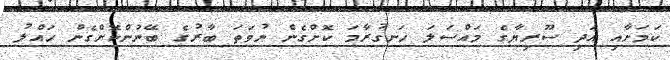
ކަމަށާއި އަދި ސޫރިޔާގެ މައްސަލަ ހަނގުރާމަ ކޮށްގެން ނުވަތަ ބާރުގެ ބޭނުންކޮށްގެން ހައްލު